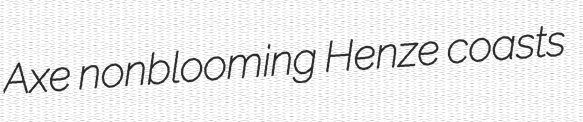
Axe nonblooming Henze coasts